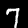
Label: 7